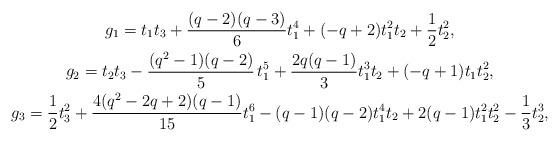
LaTeX: \begin{gather*}g_1= t_1 t_3 + {(q - 2) (q - 3)\over 6} t_1^4 + ( - q + 2) t_1^2 t_2+{1\over 2} t_2^2,\\g_2= t_2 t_3-{(q^2 - 1) (q - 2)\over 5}\,t_1^5+ {2 q (q - 1)\over 3}t_1^3 t_2 +( - q + 1) t_1 t_2^2,\\g_3= {1\over 2}t_3^2 +{4 (q^2 - 2 q + 2) (q - 1)\over 15}t_1^6 -(q - 1) (q - 2) t_1^4 t_2 + 2(q - 1) t_1^2 t_2^2 -{1\over 3} t_2^3,\end{gather*}